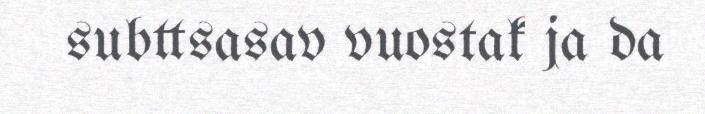
subttsasav vuostak ja da